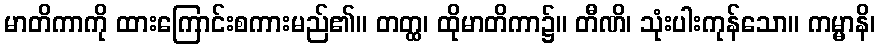
မာတိကာကို ထားကြောင်းစကားမည်၏။ တတ္ထ၊ ထိုမာတိကာ၌။ တီဏိ၊ သုံးပါးကုန်သော။ ကမ္မာနိ၊